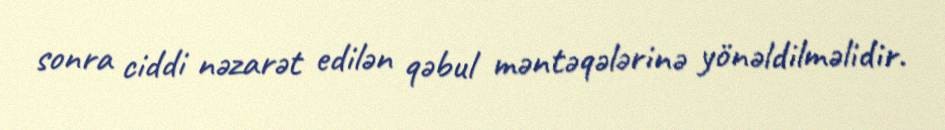
sonra ciddi nəzarət edilən qəbul məntəqələrinə yönəldilməlidir.